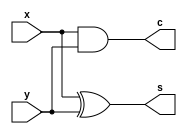
// This code is utilizing gate level modeling for half adder.
// sum = x ^ y; (x xor y)
// carry = x & y; (x and y)
module Half_Adder(s,c,x,y);
    output s,c;
    input x,y;
    xor X(s,x,y);
    and A(c,x,y);
endmodule